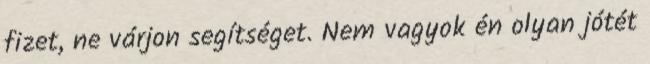
fizet, ne várjon segítséget. Nem vagyok én olyan jótét